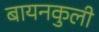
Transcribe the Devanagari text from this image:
बायनकुली